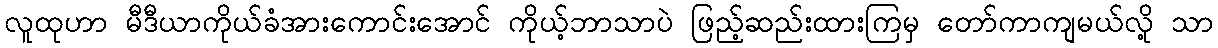
လူထုဟာ မီဒီယာကိုယ်ခံအားကောင်းအောင် ကိုယ့်ဘာသာပဲ ဖြည့်ဆည်းထားကြမှ တော်ကာကျမယ်လို့ သာ